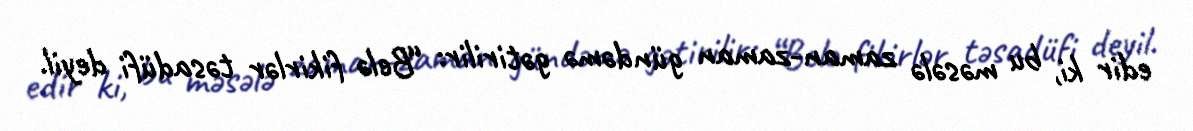
edir ki, bu məsələ zaman-zaman gündəmə gətirilir: “Belə fikirlər təsadüfi deyil.